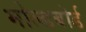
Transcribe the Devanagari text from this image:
मोल्डबोर्ड